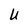
Character: U